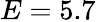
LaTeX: E=5.7